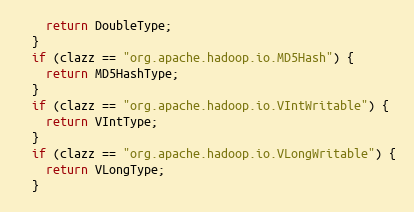
Language: C++
    return DoubleType;
  }
  if (clazz == "org.apache.hadoop.io.MD5Hash") {
    return MD5HashType;
  }
  if (clazz == "org.apache.hadoop.io.VIntWritable") {
    return VIntType;
  }
  if (clazz == "org.apache.hadoop.io.VLongWritable") {
    return VLongType;
  }